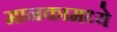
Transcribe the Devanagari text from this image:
मानकामध्ये